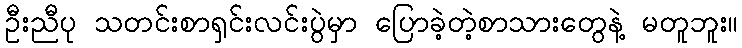
ဦးညီပု သတင်းစာရှင်းလင်းပွဲမှာ ပြောခဲ့တဲ့စာသားတွေနဲ့ မတူဘူး။